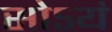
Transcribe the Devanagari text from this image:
सोऽयं